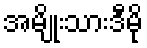
အမျိုးသားဒီမို